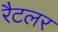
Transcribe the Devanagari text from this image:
रैटलर